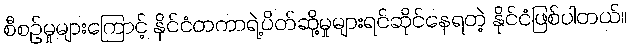
စီစဉ်မှုများကြောင့် နိုင်ငံတကာရဲ့ပိတ်ဆို့မှုများရင်ဆိုင်နေရတဲ့ နိုင်ငံဖြစ်ပါတယ်။